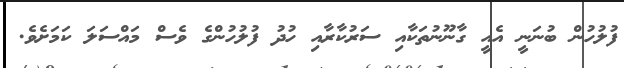
ފުލުހުން ބުނަނީ އެއީ ގާނޫނުތަކާއި ސަރުކާރާއި ހުދު ފުލުހުންގެ ވެސް މައްސަލަ ކަމަށެވެ.